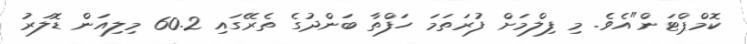
ކޮމްޕްޓަން"އެވެ. މި ފިލްމަށް ފުރަތަމަ ހަފްތާ ބަންދުގެ ތެރޭގައި 60.2 މިލިއަން ޑޮލަރު